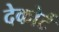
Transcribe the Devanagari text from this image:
देकोर्ट